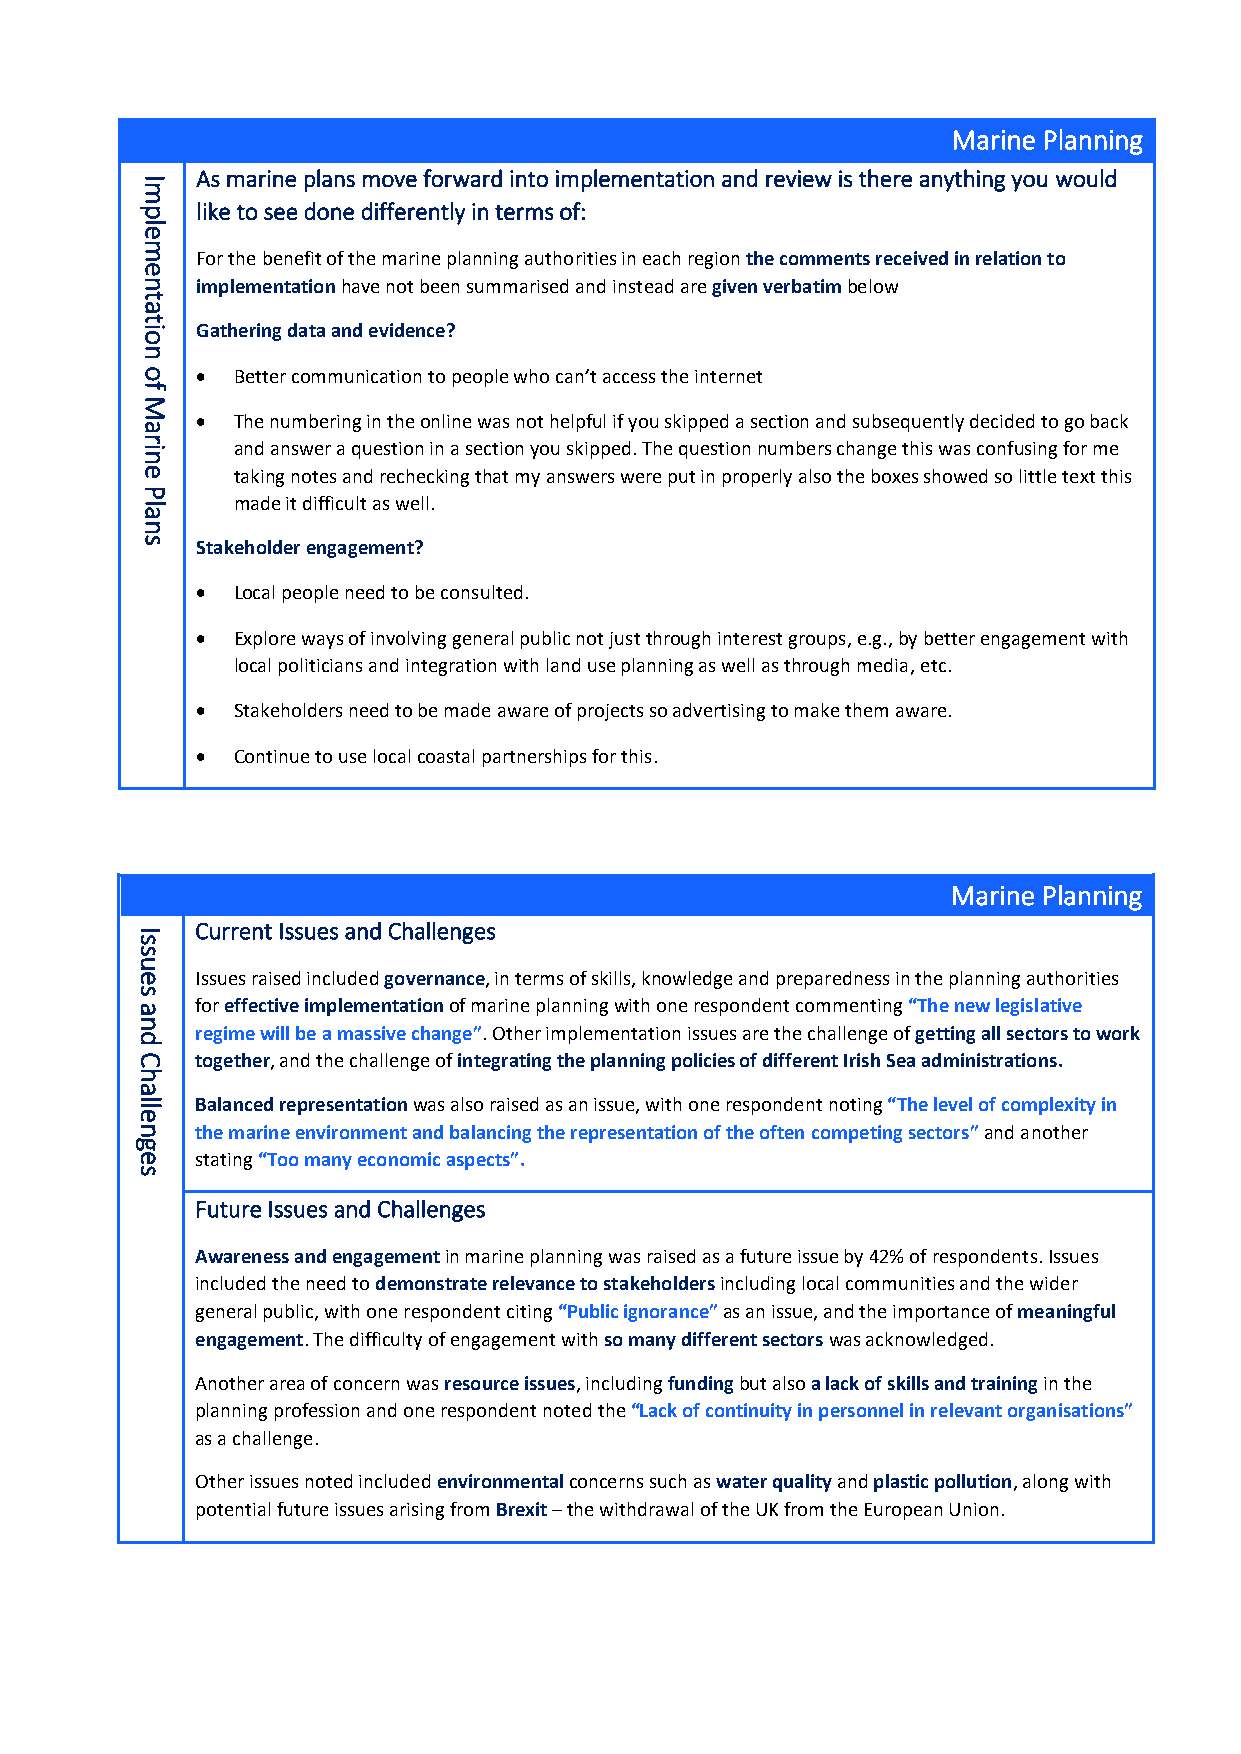
Marine Planning
 As marine plans move forward into implementation and review is there anything you would
 I
 m
 p   like to see done differently in terms of:
 le
 m
 For the benefit of the marine planning authorities in each region the comments received in relation to
 e
 n   implementation have not been summarised and instead are given verbatim below
 t
 a
 t
 io  Gathering data and evidence?
 n
 o   • Better communication to people who can’t access the internet
 f
 M
 • The numbering in the online was not helpful if you skipped a section and subsequently decided to go back
 a
 r in  and answer a question in a section you skipped. The question numbers change this was confusing for me
 e     taking notes and rechecking that my answers were put in properly also the boxes showed so little text this
 P
 la    made it difficult as well.
 n
 s   Stakeholder engagement?
 • Local people need to be consulted.
 • Explore ways of involving general public not just through interest groups, e.g., by better engagement with
 local politicians and integration with land use planning as well as through media, etc.
 • Stakeholders need to be made aware of projects so advertising to make them aware.
 • Continue to use local coastal partnerships for this.
 Marine Planning
 Current Issues and Challenges
 I
 s
 s
 u
 e   Issues raised included governance, in terms of skills, knowledge and preparedness in the planning authorities
 s
 a   for effective implementation of marine planning with one respondent commenting “The new legislative
 n
 regime will be a massive change”. Other implementation issues are the challenge of getting all sectors to work
 d
 C   together, and the challenge of integrating the planning policies of different Irish Sea administrations.
 h
 a
 lle Balanced representation was also raised as an issue, with one respondent noting “The level of complexity in
 n   the marine environment and balancing the representation of the often competing sectors” and another
 g
 e   stating “Too many economic aspects”.
 s
 Future Issues and Challenges
 Awareness and engagement in marine planning was raised as a future issue by 42% of respondents. Issues
 included the need to demonstrate relevance to stakeholders including local communities and the wider
 general public, with one respondent citing “Public ignorance” as an issue, and the importance of meaningful
 engagement. The difficulty of engagement with so many different sectors was acknowledged.
 Another area of concern was resource issues, including funding but also a lack of skills and training in the
 planning profession and one respondent noted the “Lack of continuity in personnel in relevant organisations”
 as a challenge.
 Other issues noted included environmental concerns such as water quality and plastic pollution, along with
 potential future issues arising from Brexit – the withdrawal of the UK from the European Union.